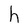
Character: h